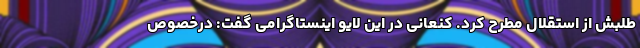
طلبش از استقلال مطرح کرد. کنعانی در این لایو اینستاگرامی گفت: درخصوص